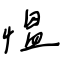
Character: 慍